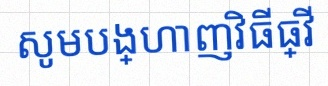
សូមបង្ហាញវិធីធ្វើ